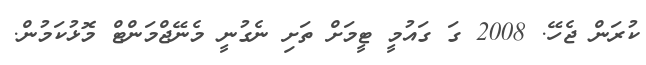
ކުރަން ޖެހޭ. 2008 ގަ ގައުމީ ޓީމަށް ތަށި ނެގުނީ މެނޭޖްމަންޓް މޮޅުކަމުން.